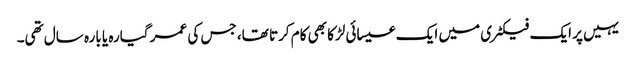
یہیں پر ایک فیکٹری میں ایک عیسائی لڑکا بھی کام کرتا تھا، جس کی عمر گیارہ یا بارہ سال تھی۔